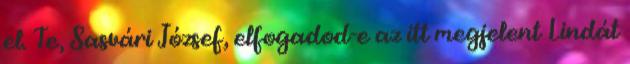
el. Te, Sasvári József, elfogadod-e az itt megjelent Lindát